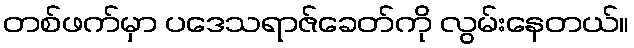
တစ်ဖက်မှာ ပဒေသရာဇ်ခေတ်ကို လွမ်းနေတယ်။